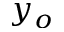
y _ { o }